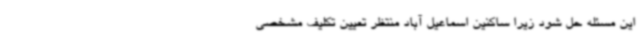
این مسئله حل شود زیرا ساکنین اسماعیل آباد منتظر تعیین تکلیف مشخصی